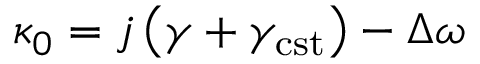
\kappa _ { 0 } = j \left( \gamma + \gamma _ { \mathrm { c s t } } \right) - \Delta \omega